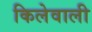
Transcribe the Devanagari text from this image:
किलेवाली